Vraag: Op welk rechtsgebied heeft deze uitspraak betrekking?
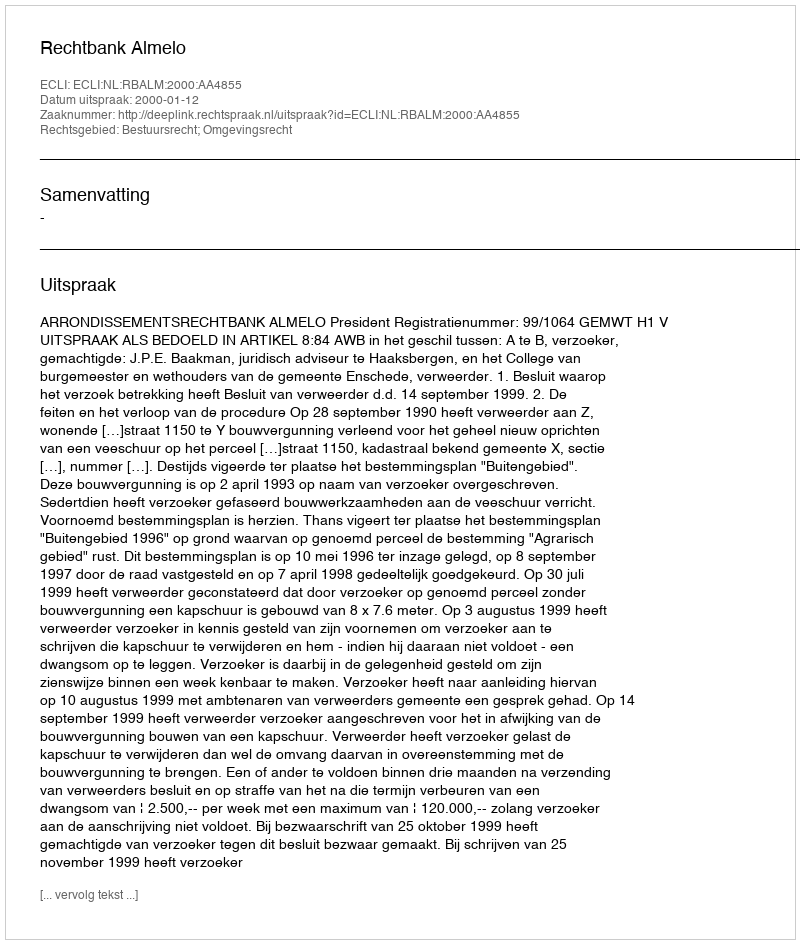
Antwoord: Bestuursrecht; Omgevingsrecht